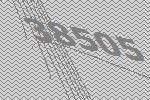
38505